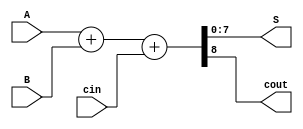
module adder_N_bits #(parameter N=8)
	(input [N-1:0] A,B,
	input cin,
	output [N-1:0] S,
	output cout);
	
	assign {cout,S} = A + B + cin;
	
endmodule